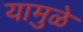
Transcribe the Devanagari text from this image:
यामु़ळे